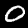
Digit: 0